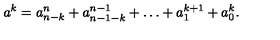
a ^ { k } = a _ { n - k } ^ { n } + a _ { n - 1 - k } ^ { n - 1 } + \dots + a _ { 1 } ^ { k + 1 } + a _ { 0 } ^ { k } .